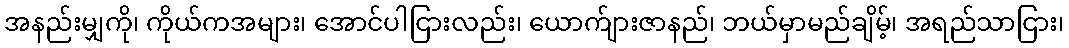
အနည်းမျှကို၊ ကိုယ်ကအများ၊ အောင်ပါငြားလည်း၊ ယောက်ျားဇာနည်၊ ဘယ်မှာမည်ချိမ့်၊ အရည်သာငြား၊